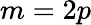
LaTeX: m=2p